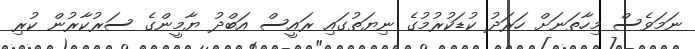
ނަމަވެސް މިހާތަނަށް ހަރަދު ކުޑަކުރުމުގެ ނިޔަތުގައި ރައީސް އަބްދު ޔާމީންގެ ސަރުކާރުން ކުރި